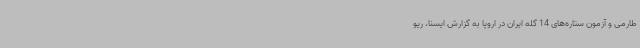
طارمی و آزمون ستاره‌های 14 گله ایران در اروپا به گزارش ایسنا، ریو